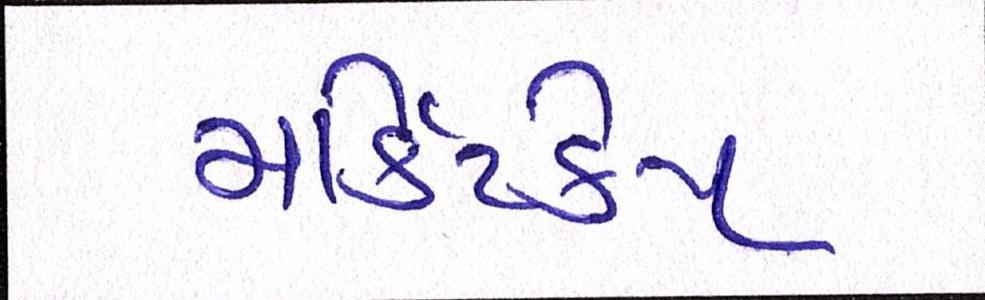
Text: માર્કેટકેપ